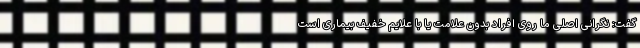
گفت: نگرانی اصلی ما روی افراد بدون علامت یا با علایم خفیف بیماری است